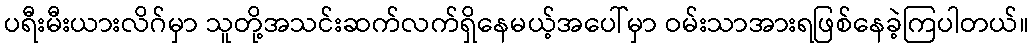
ပရီးမီးယားလိဂ်မှာ သူတို့အသင်းဆက်လက်ရှိနေမယ့်အပေါ်မှာ ဝမ်းသာအားရဖြစ်နေခဲ့ကြပါတယ်။